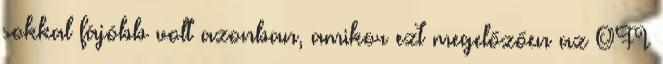
sokkal fájóbb volt azonban, amikor ezt megelőzően az OFI